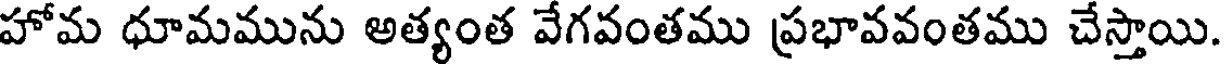
హోమ ధూమమును అత్యంత వేగవంతము ప్రభావవంతము చేస్తాయి.